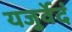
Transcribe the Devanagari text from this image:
यजुर्वेदं